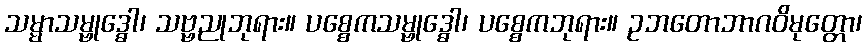
သမ္မာသမ္ဗုဒ္ဓေါ၊ သဗ္ဗညုဘုရား။ ပစ္စေကသမ္ဗုဒ္ဓေါ၊ ပစ္စေကဘုရား။ ဥဘတောဘာဂဝိမုတ္တော၊